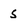
Character: S